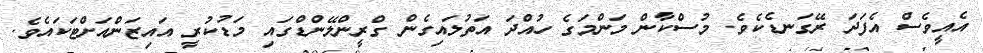
އެއީވެސް އެފަދަ ރޭގަނޑެކެވެ. މުސްކާން މަންމަގެ ހުއްދަ އަތުލައިގެން ގްރީންލޭންޑްގައި މަޑުކުރީ އައިޒަންއަށްޓަކައެވެ.